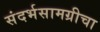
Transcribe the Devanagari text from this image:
संदर्भसामग्रीचा